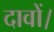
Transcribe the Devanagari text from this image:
दावों।